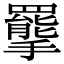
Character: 𢸇